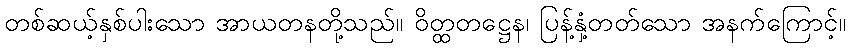
တစ်ဆယ့်နှစ်ပါးသော အာယတနတို့သည်။ ဝိတ္ထတဋ္ဌေန၊ ပြန့်နှံ့တတ်သော အနက်ကြောင့်။